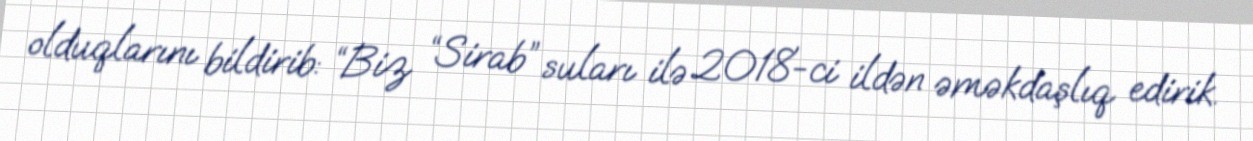
olduqlarını bildirib: “Biz “Sirab” suları ilə 2018-ci ildən əməkdaşlıq edirik.